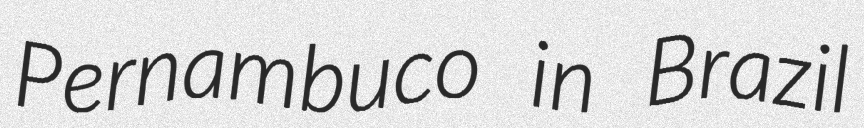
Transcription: Pernambuco in Brazil